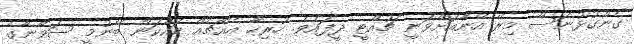
ގެންގުޅުނަސް މިރޭ އޭނާއަށްވަނީ ޗުއްޓީ ދީފައެވެ. ހުރިހާ އެއްޗެއް ކައްކަން ބޭނުމީ ސަވާނާގެ